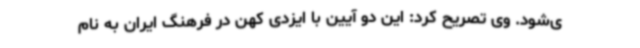
ی‌شود. وی تصریح کرد: این دو آیین با ایزدی کهن در فرهنگ ایران به نام